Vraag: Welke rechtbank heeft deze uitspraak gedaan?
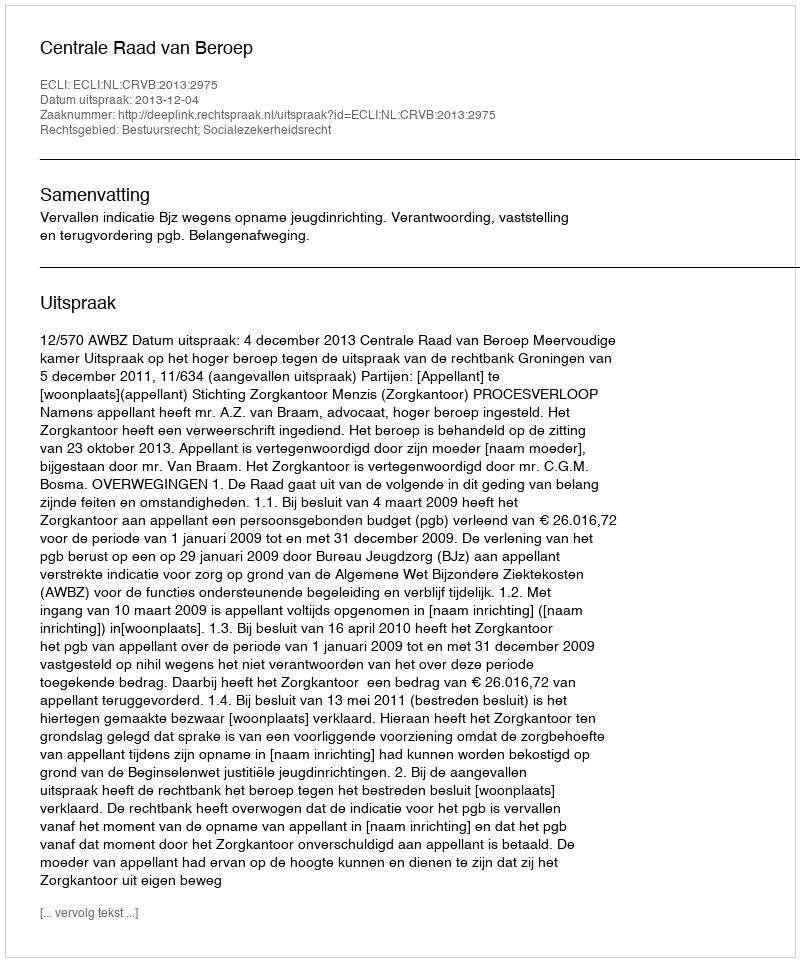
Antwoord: Centrale Raad van Beroep